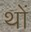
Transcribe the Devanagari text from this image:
थों